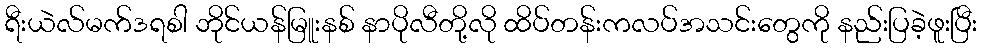
ရီးယဲလ်မက်ဒရစါ ဘိုင်ယန်မြူးနစ် နာပိုလီတို့လို ထိပ်တန်းကလပ်အသင်းတွေကို နည်းပြခဲ့ဖူးပြီး